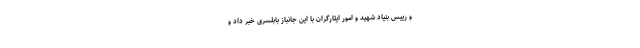
و رییس بنیاد شهید و امور ایثارگران با این جانباز بابلسری خبر داد و